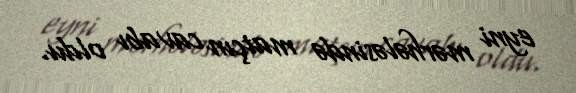
eyni mərhələsində matçın cavabı oldu.